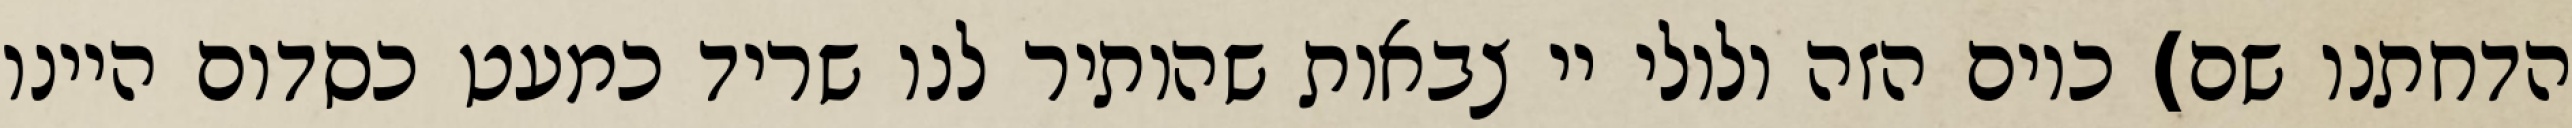
הדחתנו שם) כיום הזה ולולי יי צבאות שהותיר לנו שריד כמעט כסדום היינו